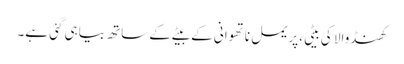
کھنڈوالا کی بیٹی،پریمل ناتھوانی کے بیٹے کے ساتھ بیاہی گئی ہے۔